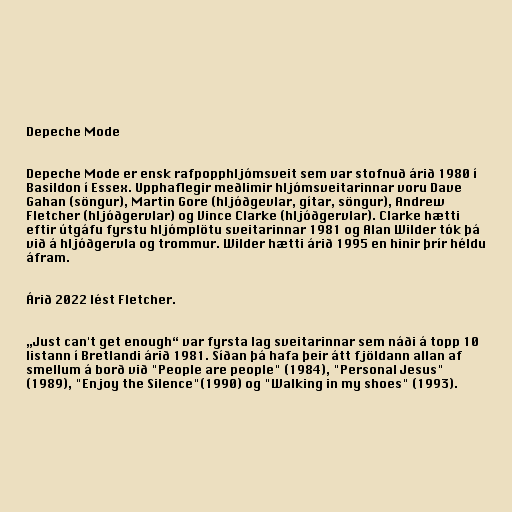
Depeche Mode

Depeche Mode er ensk rafpopphljómsveit sem var stofnuð árið 1980 í
Basildon í Essex. Upphaflegir meðlimir hljómsveitarinnar voru Dave
Gahan (söngur), Martin Gore (hljóðgevlar, gítar, söngur), Andrew
Fletcher (hljóðgervlar) og Vince Clarke (hljóðgervlar). Clarke hætti
eftir útgáfu fyrstu hljómplötu sveitarinnar 1981 og Alan Wilder tók þá
við á hljóðgervla og trommur. Wilder hætti árið 1995 en hinir þrír héldu
áfram.

Árið 2022 lést Fletcher.

„Just can't get enough“ var fyrsta lag sveitarinnar sem náði á topp 10
listann í Bretlandi árið 1981. Síðan þá hafa þeir átt fjöldann allan af
smellum á borð við "People are people" (1984), "Personal Jesus"
(1989), "Enjoy the Silence"(1990) og "Walking in my shoes" (1993).